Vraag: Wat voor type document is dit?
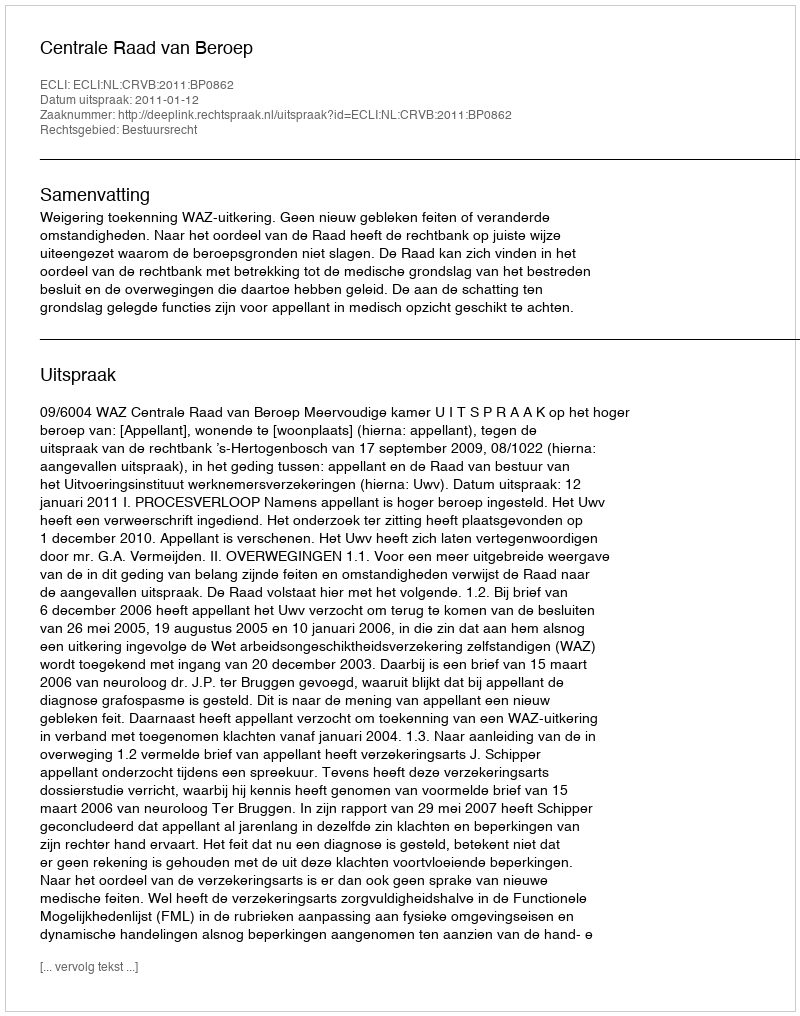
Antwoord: Uitspraak